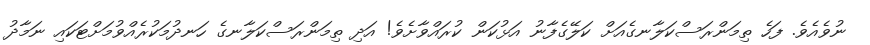
ނުވެއެވެ. ފަހެ ތިމަންރަސްކަލާނގެއަށް ކަލޭގެފާނު އަޅުކަން ކުރައްވާށެވެ! އަދި ތިމަންރަސްކަލާނގެ ހަނދުމަކުރެއްވުމަށްޓަކައި ނަމާދު